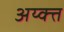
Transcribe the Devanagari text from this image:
अय्क्त्त